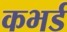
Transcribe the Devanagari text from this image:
कभर्ड